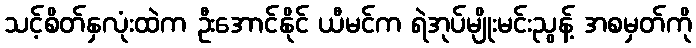
သင့်စိတ်နှလုံးထဲက ဦးအောင်နိုင် ယီမင်က ရဲအုပ်မျိုးမင်းညွန့် အစမှတ်ကို